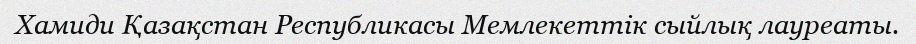
Xамиди Қазақстан Республикасы Мемлекеттік сыйлық лауреаты.